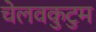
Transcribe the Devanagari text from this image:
चेलवकुटुम